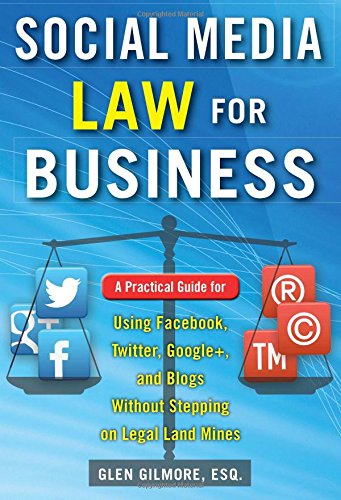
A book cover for Social Media Law for Business: A Practical Guide for Using Facebook, Twitter, Google +, and Blogs Without Stepping on Legal Land Mines; Glen Gilmore; Law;